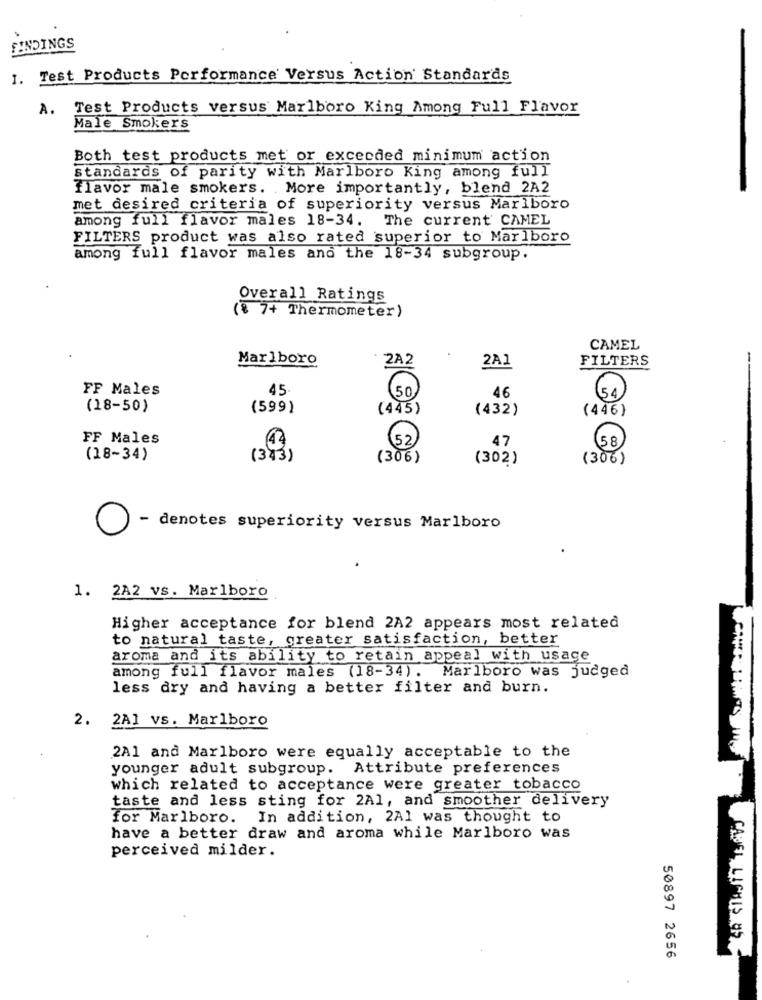
FINDINGS
1. Test Products Performance Versus Action Standards
A.
Test Products versus Marlboro King Among Full Flavor
Male Smokers
Both test products met or exceeded minimum action
standards of parity with Marlboro King among full
flavor male smokers. More importantly, blend 2A2
met desired criteria of superiority versus Marlboro
among full flavor males 18-34. The current' CAMEL
FILTERS product was also rated superior to Marlboro
among full flavor males and the 18-34 subgroup.
Overall Ratings
(8 7+ Thermometer)
CAMEL
Marlboro
2A2
2A1
FILTERS
FF Males
45
50.
46
54
(18-50)
(599)
(445)
(432)
(446}
FF Males
(52
47
58
(18-34)
(343)
(306)
(302)
(306)
- denotes superiority versus Marlboro
1. 2A2 vs. Marlboro
Higher acceptance for blend 2A2 appears most related
to natural taste, greater satisfaction, better
aroma and its ability to retain appeal with usage
among full flavor males (18-34). Marlboro was judged
less dry and having a better filter and burn.
2. 2A1 vs. Marlboro
2A1 and Marlboro were equally acceptable to the
younger adult subgroup. Attribute preferences
which related to acceptance were greater tobacco
taste and less sting for 2Al, and smoother delivery
for Marlboro.
In addition, 2A1 was thought to
have a better draw and aroma while Marlboro was
perceived milder.
CABEL LICHES US
50897 2656